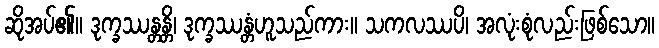
ဆိုအပ်၏။ ဒုက္ခဿန္တန္တိ၊ ဒုက္ခဿန္တံဟူသည်ကား။ သကလဿပိ၊ အလုံးစုံလည်းဖြစ်သော။